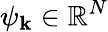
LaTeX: \psi_{\mathbf{k}}\in\mathbb{{R}}^{N}